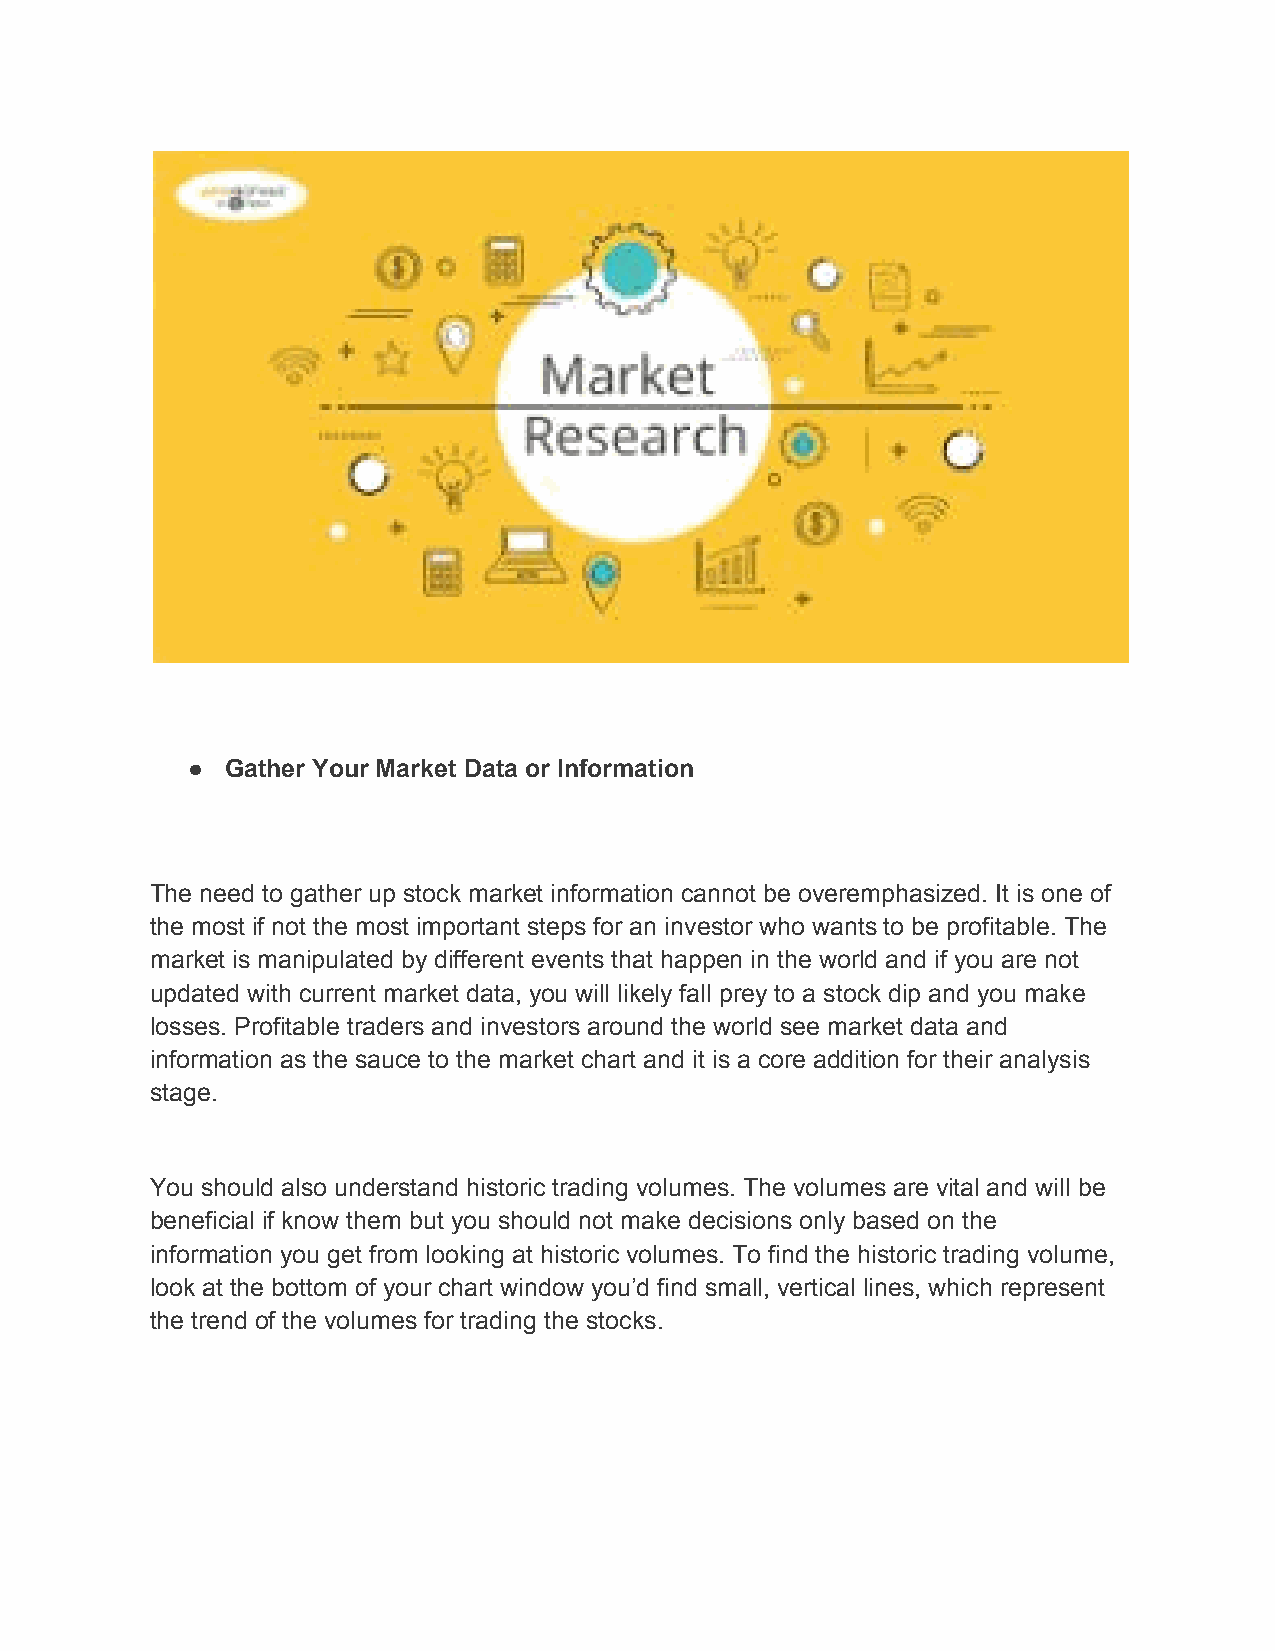
●  Gather Your Market Data or Information
 The need to gather up stock market information cannot be overemphasized. It is one of
 the most if not the most important steps for an investor who wants to be profitable. The
 market is manipulated by different events that happen in the world and if you are not
 updated with current market data, you will likely fall prey to a stock dip and you make
 losses. Profitable traders and investors around the world see market data and
 information as the sauce to the market chart and it is a core addition for their analysis
 stage.
 You should also understand historic trading volumes. The volumes are vital and will be
 beneficial if know them but you should not make decisions only based on the
 information you get from looking at historic volumes. To find the historic trading volume,
 look at the bottom of your chart window you’d find small, vertical lines, which represent
 the trend of the volumes for trading the stocks.